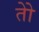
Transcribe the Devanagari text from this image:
तोे